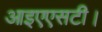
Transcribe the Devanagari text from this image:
आइएएसटी।